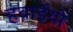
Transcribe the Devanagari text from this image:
हवाईयों